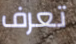
تعرف